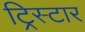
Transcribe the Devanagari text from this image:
ट्रिस्‍टार